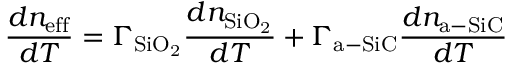
\frac { d n _ { \mathrm { e f f } } } { d T } = \Gamma _ { \mathrm { S i O _ { 2 } } } \frac { d n _ { \mathrm { S i O _ { 2 } } } } { d T } + \Gamma _ { \mathrm { a - S i C } } \frac { d n _ { \mathrm { a - S i C } } } { d T }